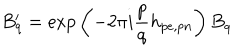
B _ { q } ^ { \prime } = \mathrm { e x p } \left( - 2 \pi i \frac { p } { q } h _ { p e , p n } \right) B _ { q }